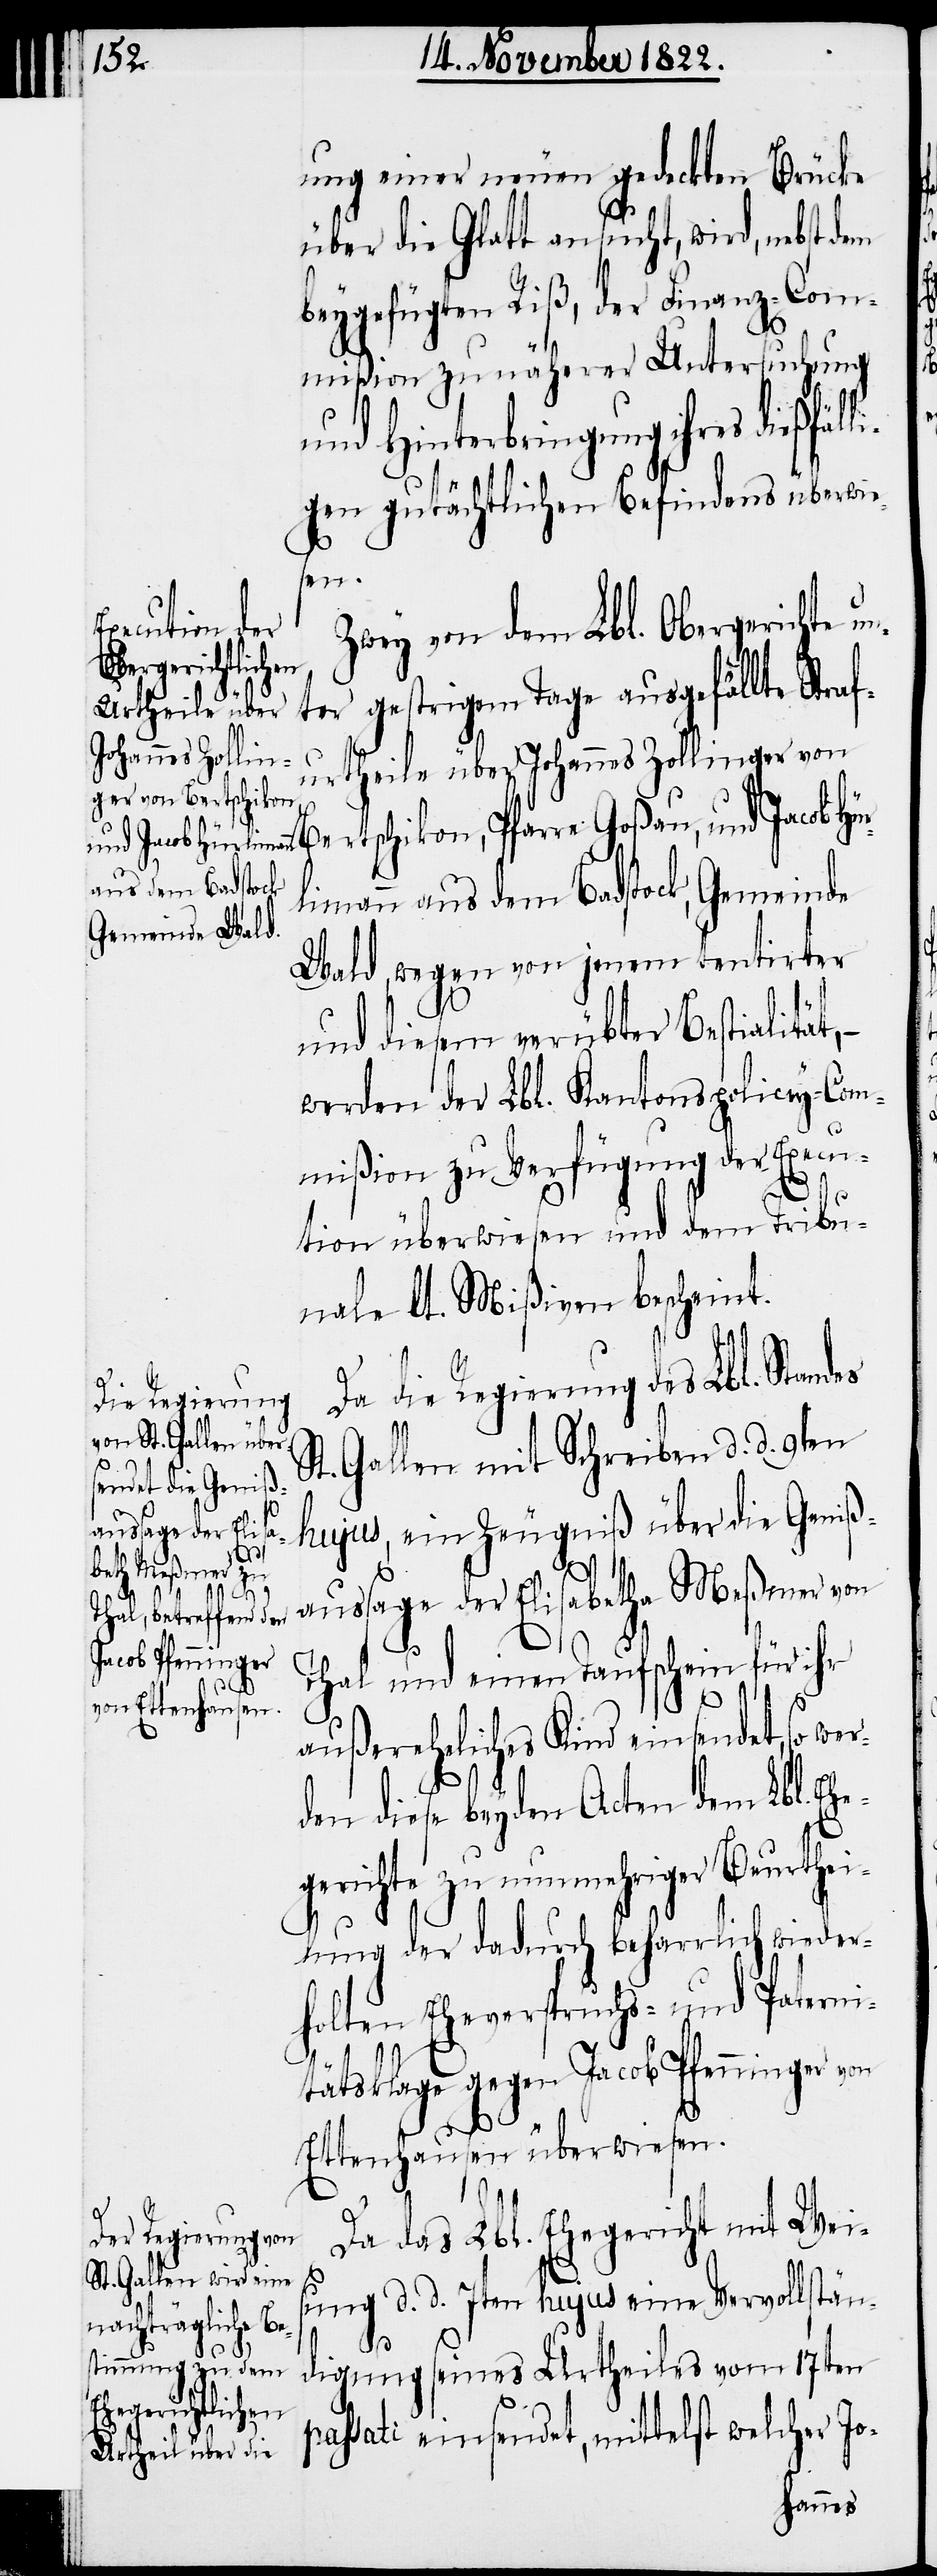
ung einer neuen gedeckten Brücke
über die Glatt ansucht, wird, nebst dem
beygefügten Riß, der Finanz-Com¬
mißion zu näherer Untersuchung
und Hinterbringung ihres dießfäl¬
gen gutächtlichen Befindens überwie¬
sen.
Zwey von dem Lbl. Obergerichte un¬
ter gestrigem Tage ausgefällte Straf¬
urtheile über
Johannes Zollin¬
ger von Bertschikon, Pfarre Goßau, und Jacob Hür¬
limann aus dem Badstock, Gemeinde
Wald, wegen von jenem tentirter
und diesem verübter Bestialität,
werden der Lbl. Kantonspolicey-Com¬
mißion zu Verfügung der Execu¬
tion überwiesen und dem Tribu¬
nale lt. Mißiven bescheint.
Da die Regierung des Lbl. Standes
St. Gallen mit Schreiben d. d. 9ten
hujus, ein Zeugniß über die Genißa¬
wer¬
ussage der Elisabetha Meßmer von
Thal und einen Taufschein für ihr
außereheliches Kind einsendet, so
den diese beyden Acten dem Lbl. Ehe¬
gerichte zu nunmehriger Beurthei¬
lung der dadurch beharrlich wieder¬
holten Eheverspruchs- und Paterni¬
tätsklage gegen Jacob Pfenninger von
Ettenhausen überwiesen.
s¬
Da das Lbl. Ehegericht mit Wei¬
ung d. d. 7ten hujus eine Vervollstän¬
digung seines Urtheiles vom 17ten
passati einsendet, mittelst welcher Jo-